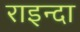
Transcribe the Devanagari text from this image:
राइन्दा